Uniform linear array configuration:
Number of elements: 8
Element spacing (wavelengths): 1
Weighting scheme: binomial
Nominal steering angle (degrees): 0
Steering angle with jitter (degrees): -1.239
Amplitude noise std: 0.05
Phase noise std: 0.05

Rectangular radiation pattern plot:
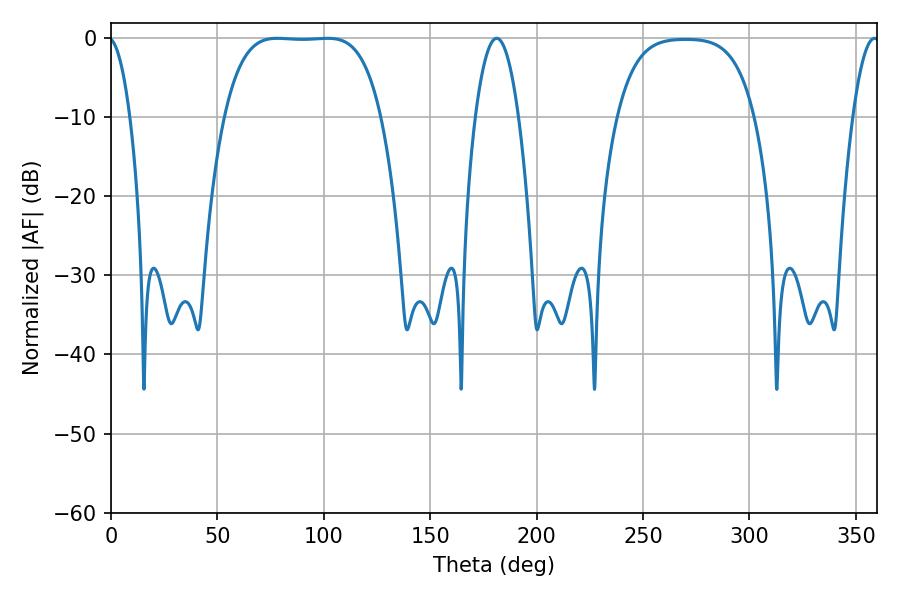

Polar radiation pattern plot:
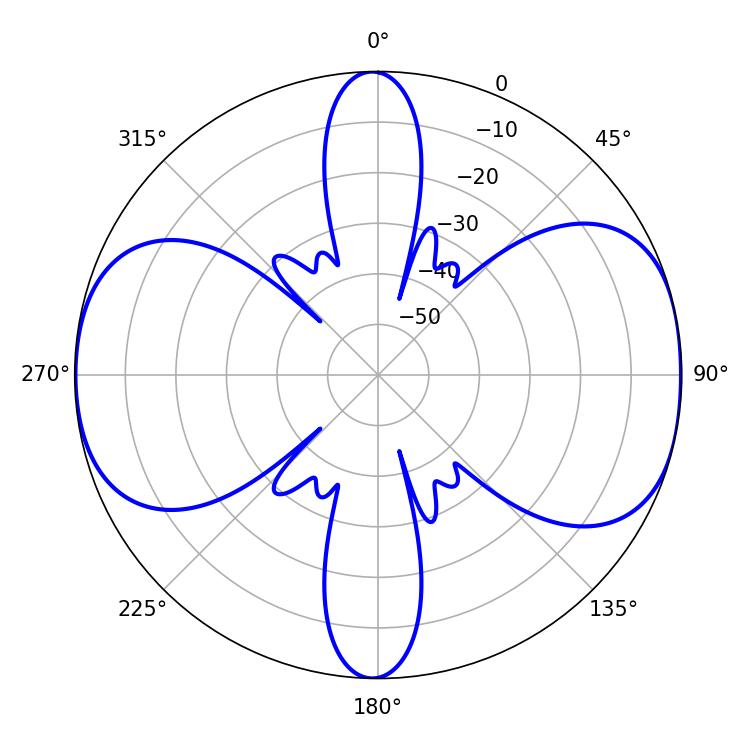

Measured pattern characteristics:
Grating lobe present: TRUE
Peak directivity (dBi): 10.223
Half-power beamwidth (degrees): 56.52
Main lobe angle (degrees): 78.12